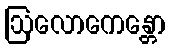
ဩလောကေန္တော